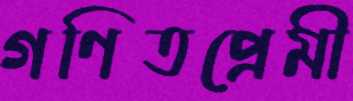
গণিতপ্রেমী